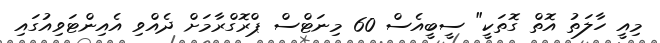
މިއީ ހާލަތު އޮތް ގޮތަކީ" ސީބީއެސް 60 މިނަޓްސް ޕްރޮގްރާމަށް ދެއްވި އެއިންޓަވިއުގައި